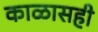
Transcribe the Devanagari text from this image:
काळासही